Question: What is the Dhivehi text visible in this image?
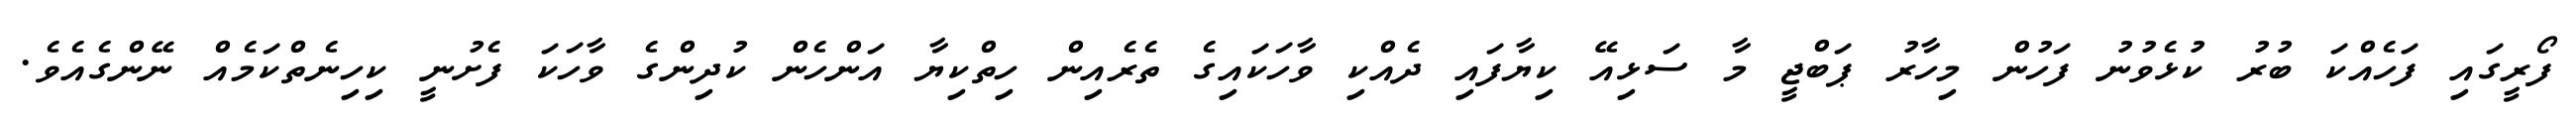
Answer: ފޯރީގައި ފަހެއްކަ ބުރު ކުޅެވުނު ފަހުން މިހާރު ޕަބްޖީ މާ ސަޅިއޭ ކިޔާފައި ދެއްކި ވާހަކައިގެ ތެރެއިން ހިތްކިޔާ އަންހެން ކުދިންގެ ވާހަކަ ފެށުނީ ކިހިނެތްކަމެއް ނޭންގެއެވެ.